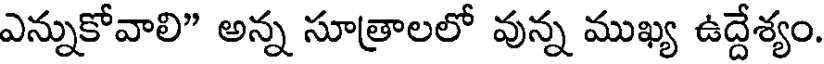
ఎన్నుకోవాలి" అన్న సూత్రాలలో వున్న ముఖ్య ఉద్దేశ్యం.